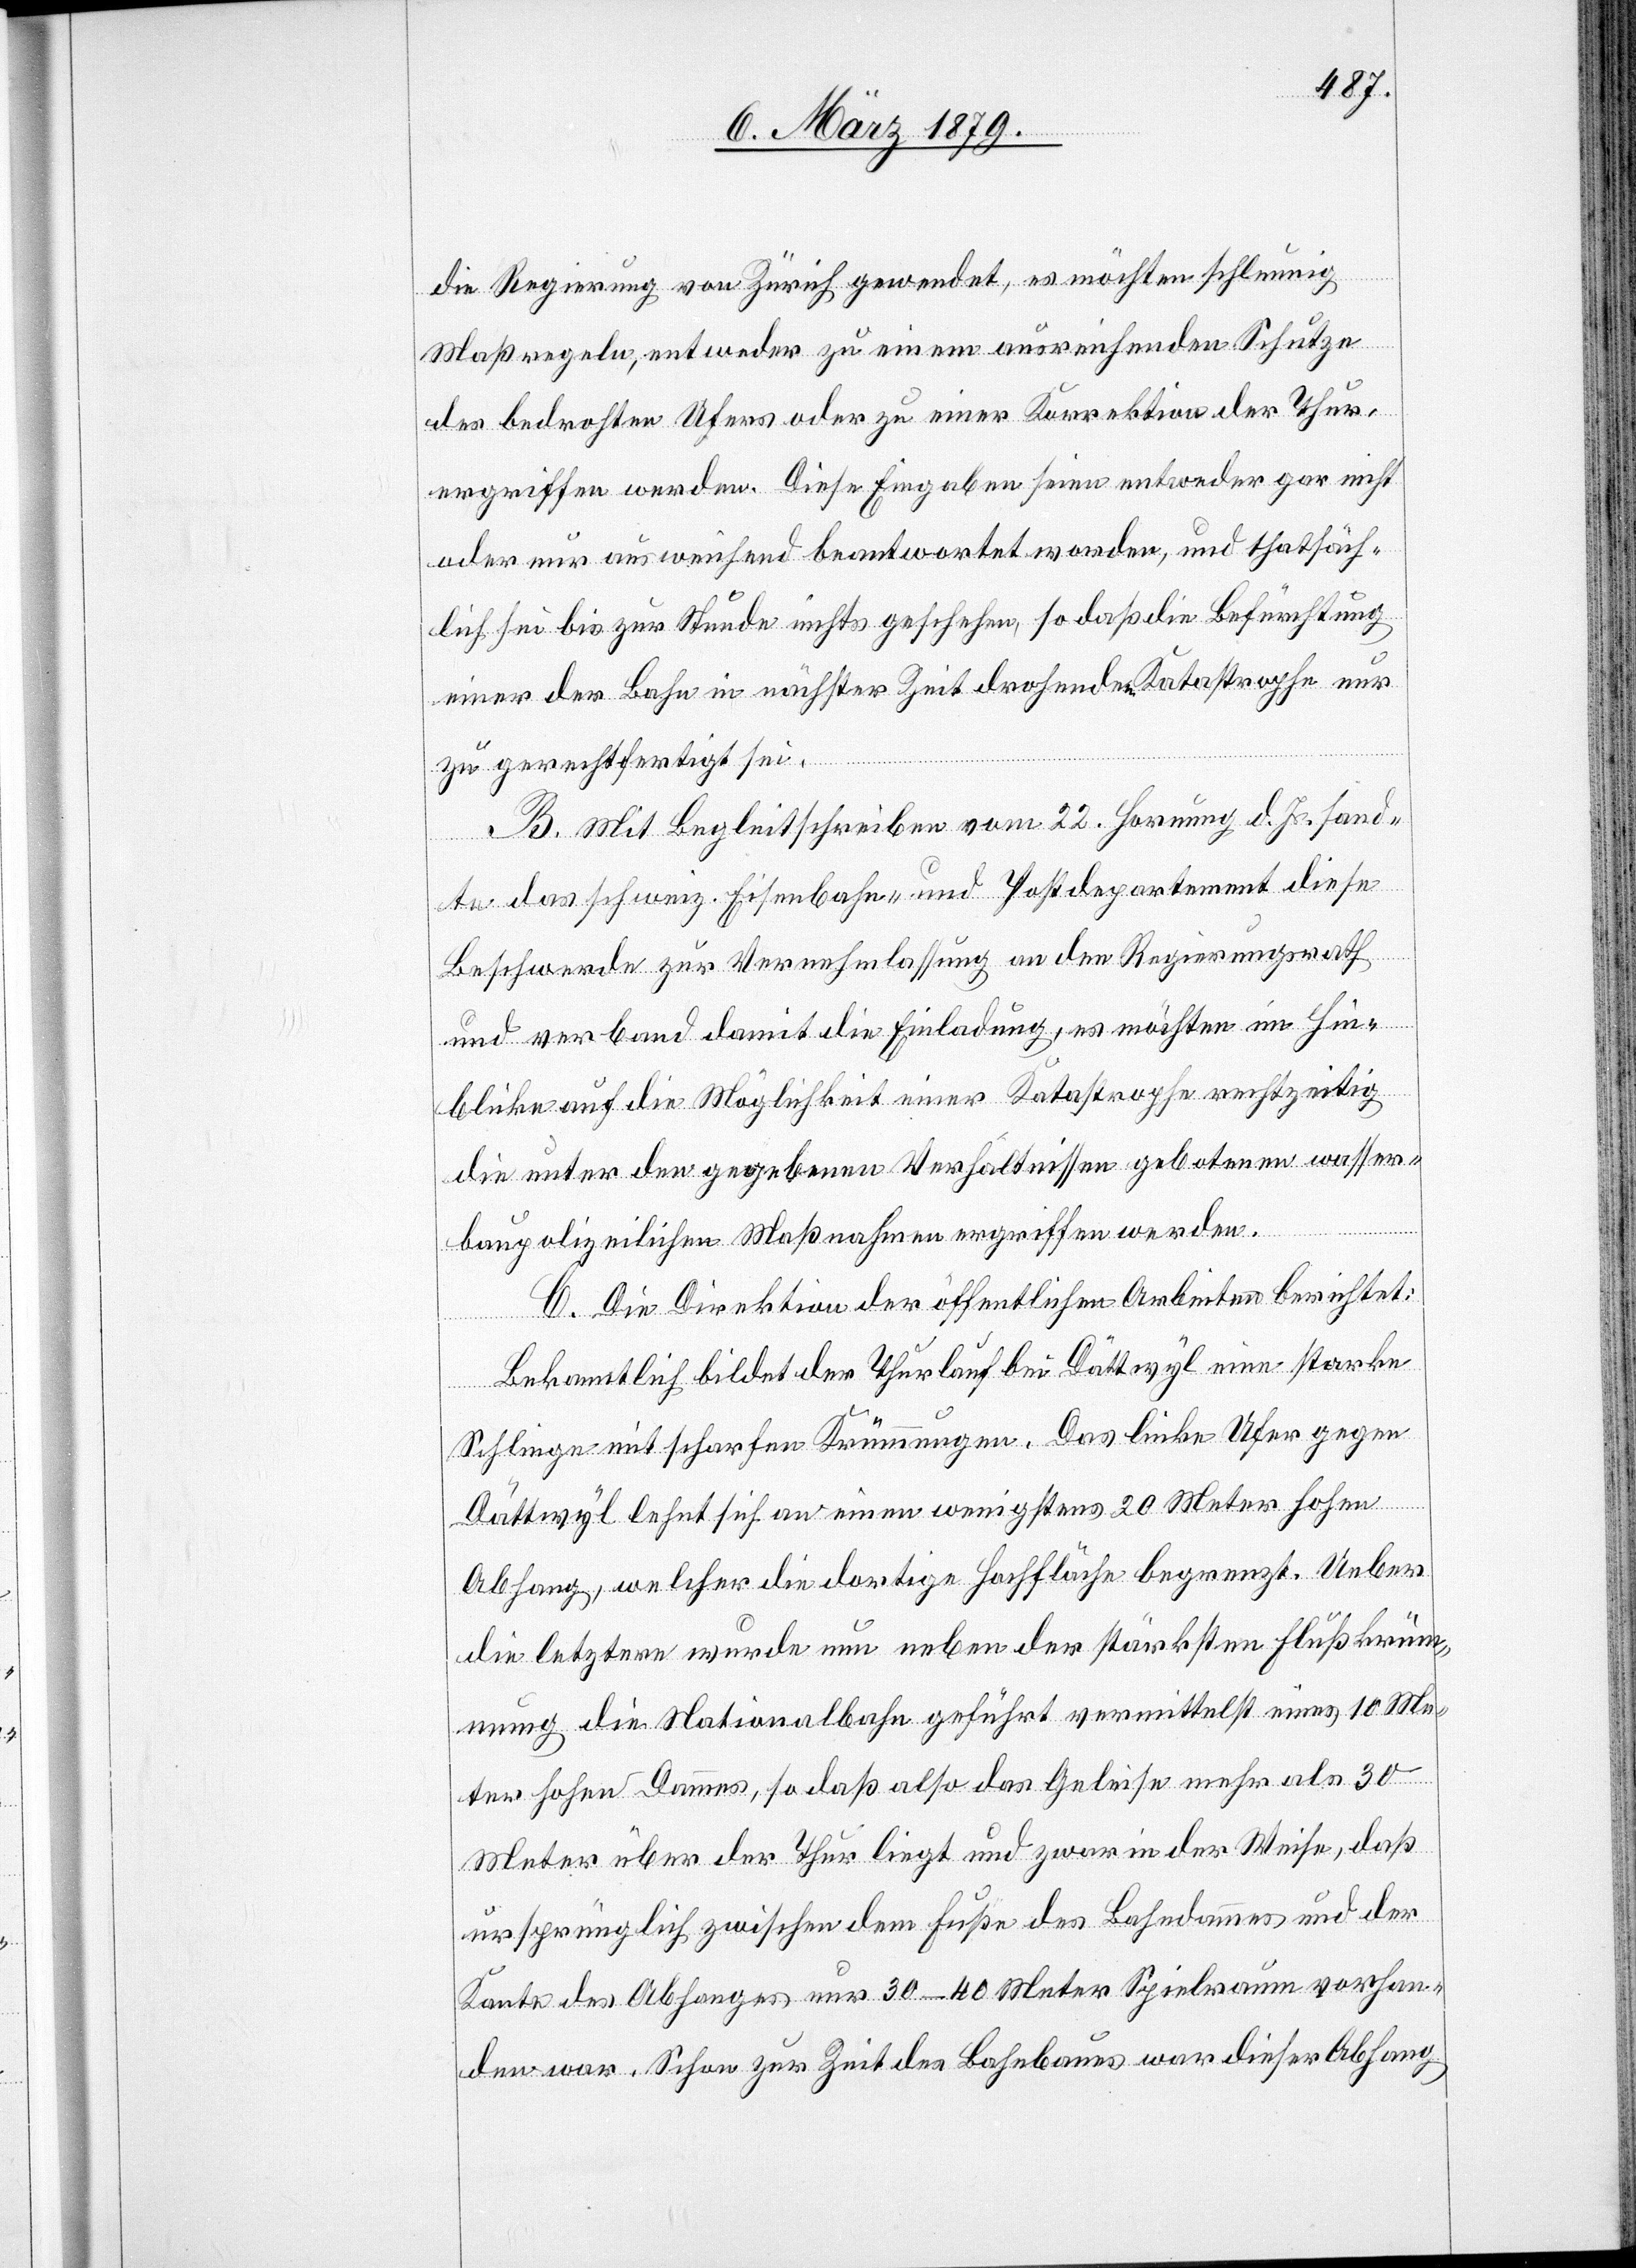
die Regierung von Zürich gewendet, es möchten schleunig
Maßregeln, entweder zu einem ausreichenden Schutze
des bedrohten Ufers oder zu einer Korrektion der Thur,
ergriffen werden. Diese Eingaben seien entweder gar nicht
oder nur ausweichend beantwortet worden, und thatsäch¬
lich sei bis zur Stunde nichts geschehen, so daß die Befürchtung
einer der Bahn in nächster Zeit drohenden Katastrophe nur
zu gerechtfertigt sei.
B. Mit Begleitschreiben vom 22. Hornung d. Js. sand¬
te das schweiz. Eisenbahn- und Postdepartement diese
Beschwerde zur Vernehmlassung an den Regierungsrath
und verband damit die Einladung, es möchten im Hin¬
blicke auf die Möglichkeit einer Katastrophe rechtzeitig
die unter den gegebenen Verhältnissen gebotenen wasser¬
baupolizeilichen Maßnahmen ergriffen werden.
C. Die Direktion der öffentlichen Arbeiten berichtet:
Bekanntlich bildet der Thurlauf bei Dättwyl eine starke
Schlinge mit scharfen Krümmungen. Das linke Ufer gegen
Dättwyl lehnt sich an einen wenigstens 20 Meter hohen
Abhang, welcher die dortige Hochfläche begrenzt. Ueber
die letztere wurde nun neben der stärksten Flußkrüm¬
mung die Nationalbahn geführt vermittelst eines 10 Me¬
ter hohen Dammes, so daß also das Geleise mehr als 30
Meter über der Thur liegt und zwar in der Weise, daß
ursprünglich zwischen dem Fuße des Bahndammes und der
Kante des Abhanges nur 30–40 Meter Spielraum vorhan¬
den war. Schon zur Zeit des Bahnbaues war dieser Abhang